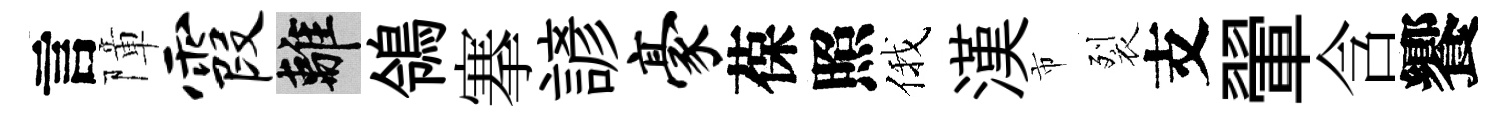
言障霞離鴒搴諺豪葆照俄漢市裂支翬含饗